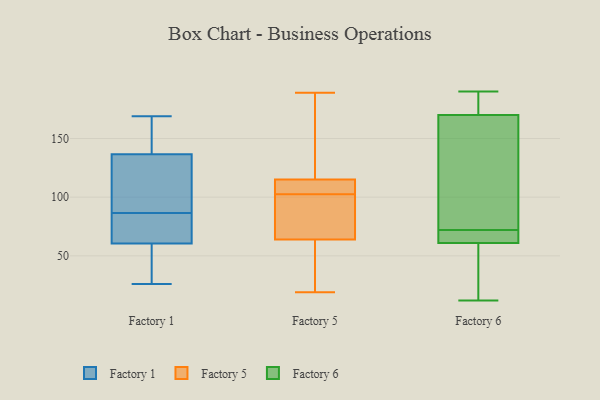
{"axis": {"x": "Energy Usage (MWh)", "y": "Value"}, "legend": ["Factory 1", "Factory 5", "Factory 6"], "data": [{"x": "", "y": 88, "type": "Factory 1"}, {"x": "", "y": 67, "type": "Factory 1"}, {"x": "", "y": 26, "type": "Factory 1"}, {"x": "", "y": 85, "type": "Factory 1"}, {"x": "", "y": 31, "type": "Factory 1"}, {"x": "", "y": 154, "type": "Factory 1"}, {"x": "", "y": 169, "type": "Factory 1"}, {"x": "", "y": 81, "type": "Factory 1"}, {"x": "", "y": 61, "type": "Factory 1"}, {"x": "", "y": 101, "type": "Factory 1"}, {"x": "", "y": 37, "type": "Factory 1"}, {"x": "", "y": 163, "type": "Factory 1"}, {"x": "", "y": 60, "type": "Factory 1"}, {"x": "", "y": 132, "type": "Factory 1"}, {"x": "", "y": 141, "type": "Factory 1"}, {"x": "", "y": 115, "type": "Factory 1"}, {"x": "", "y": 115, "type": "Factory 5"}, {"x": "", "y": 189, "type": "Factory 5"}, {"x": "", "y": 64, "type": "Factory 5"}, {"x": "", "y": 22, "type": "Factory 5"}, {"x": "", "y": 101, "type": "Factory 5"}, {"x": "", "y": 109, "type": "Factory 5"}, {"x": "", "y": 62, "type": "Factory 5"}, {"x": "", "y": 19, "type": "Factory 5"}, {"x": "", "y": 64, "type": "Factory 5"}, {"x": "", "y": 75, "type": "Factory 5"}, {"x": "", "y": 33, "type": "Factory 5"}, {"x": "", "y": 185, "type": "Factory 5"}, {"x": "", "y": 137, "type": "Factory 5"}, {"x": "", "y": 143, "type": "Factory 5"}, {"x": "", "y": 115, "type": "Factory 5"}, {"x": "", "y": 110, "type": "Factory 5"}, {"x": "", "y": 104, "type": "Factory 5"}, {"x": "", "y": 73, "type": "Factory 5"}, {"x": "", "y": 97, "type": "Factory 5"}, {"x": "", "y": 111, "type": "Factory 5"}, {"x": "", "y": 183, "type": "Factory 6"}, {"x": "", "y": 188, "type": "Factory 6"}, {"x": "", "y": 62, "type": "Factory 6"}, {"x": "", "y": 108, "type": "Factory 6"}, {"x": "", "y": 65, "type": "Factory 6"}, {"x": "", "y": 161, "type": "Factory 6"}, {"x": "", "y": 166, "type": "Factory 6"}, {"x": "", "y": 47, "type": "Factory 6"}, {"x": "", "y": 190, "type": "Factory 6"}, {"x": "", "y": 65, "type": "Factory 6"}, {"x": "", "y": 61, "type": "Factory 6"}, {"x": "", "y": 12, "type": "Factory 6"}, {"x": "", "y": 182, "type": "Factory 6"}, {"x": "", "y": 61, "type": "Factory 6"}, {"x": "", "y": 26, "type": "Factory 6"}, {"x": "", "y": 118, "type": "Factory 6"}, {"x": "", "y": 72, "type": "Factory 6"}]}